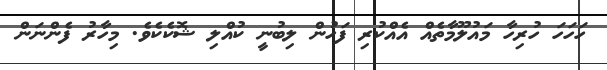
ހަހަހަ ހުރިހާ މައުލޫމާތެއް އެއްކުރި ފަހުން ލިބުނީ ކުއްލި ޝޮކެކެވެ. މިހާރު ފެންނަން